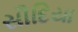
સૌદિયા